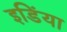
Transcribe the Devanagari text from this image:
इडिंया